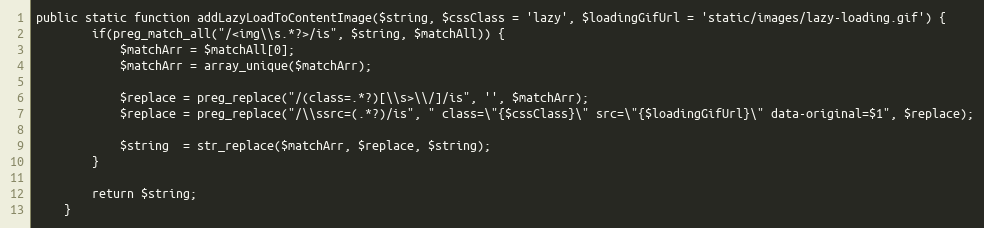
Language: PHP
public static function addLazyLoadToContentImage($string, $cssClass = 'lazy', $loadingGifUrl = 'static/images/lazy-loading.gif') {
		if(preg_match_all("/<img\\s.*?>/is", $string, $matchAll)) {
			$matchArr = $matchAll[0];
			$matchArr = array_unique($matchArr);

			$replace = preg_replace("/(class=.*?)[\\s>\\/]/is", '', $matchArr);
			$replace = preg_replace("/\\ssrc=(.*?)/is", " class=\"{$cssClass}\" src=\"{$loadingGifUrl}\" data-original=$1", $replace);

			$string  = str_replace($matchArr, $replace, $string);
		}

		return $string;
	}